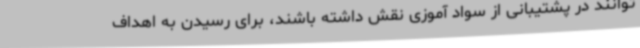
‌توانند در پشتیبانی از سواد آموزی نقش داشته باشند، برای رسیدن به اهداف